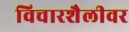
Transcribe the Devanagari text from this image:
विचारशैलीवर